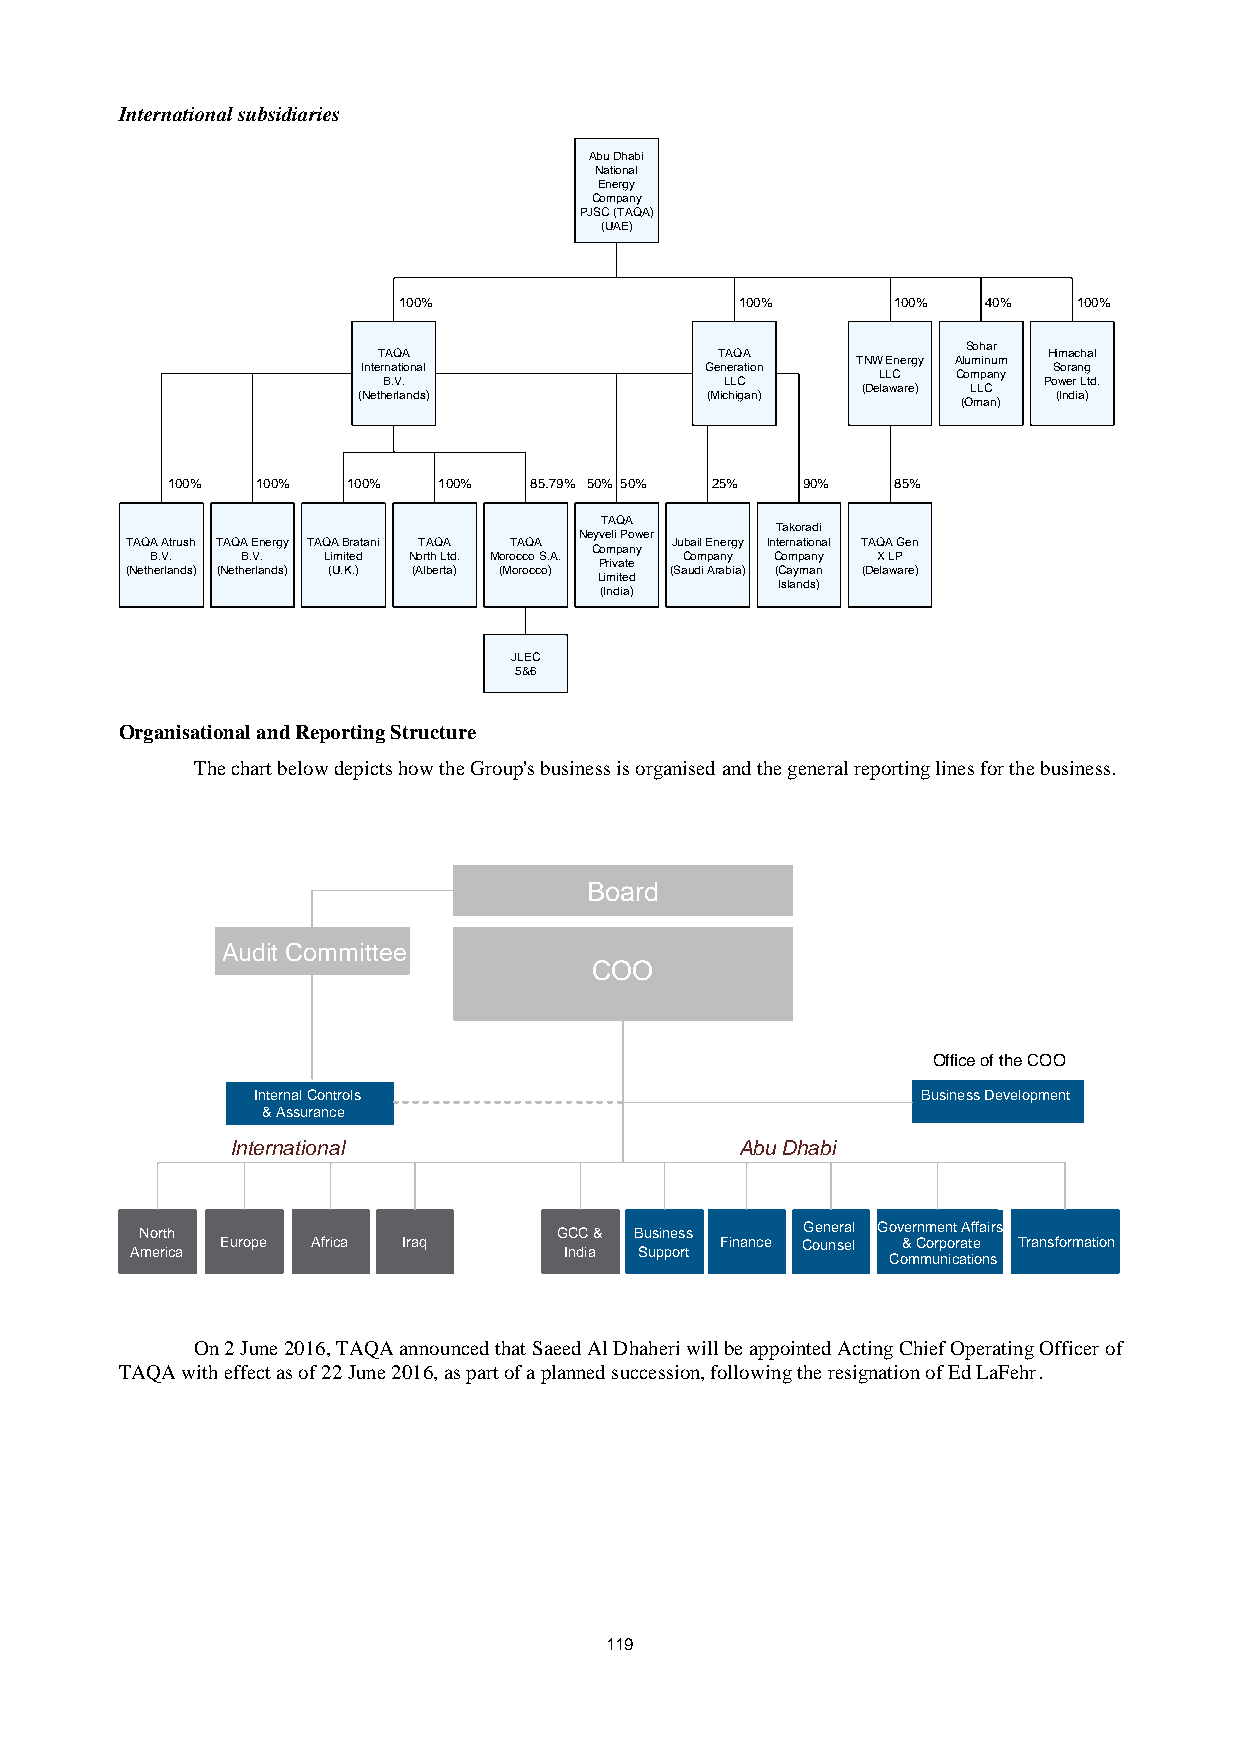
International subsidiaries
 Abu Dhabi
 National
 Energy
 Company
 PJSC (TAQA)
 (UAE)
 100%                   100%      100%  40%   100%
 Sohar
 TAQA                   TAQA                 Himachal
 TNW Energy Aluminum
 International          Generation             Sorang
 LLC  Company
 B.V.                   LLC                  Power Ltd.
 (Delaware) LLC
 (Netherlands)          (Michigan)             (India)
 (Oman)
 100%  100%  100%  100%  85.79% 50% 50% 25% 90%  85%
 TAQA
 Takoradi
 Neyveli Power
 TAQA Atrush TAQA Energy TAQA Bratani TAQA TAQA Jubail Energy International TAQA Gen
 Company
 B.V.  B.V. Limited North Ltd. Morocco S.A. Company Company X LP
 Private
 (Netherlands) (Netherlands) (U.K.) (Alberta) (Morocco) (Saudi Arabia) (Cayman (Delaware)
 Limited
 Islands)
 (India)
 JLEC
 5&6
 Organisational and Reporting Structure
 The chart below depicts how the Group's business is organised and the general reporting lines for the business.
 Board
 Audit Committee
 COO
 Office of the COO
 Internal Controls                           Business Development
 & Assurance
 International                     Abu Dhabi
 General Government Affairs
 North
 Europe Africa Iraq
 GCC & Business
 Finance Counsel & Corporate Transformation
 America                     India Support
 Communications
 On 2 June 2016, TAQA announced that Saeed Al Dhaheri will be appointed Acting Chief Operating Officer of
 TAQA with effect as of 22 June 2016, as part of a planned succession, following the resignation of Ed LaFehr.
 119